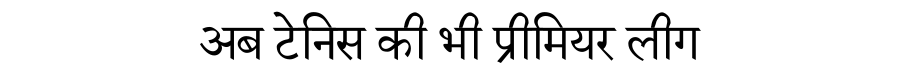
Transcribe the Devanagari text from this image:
अब टेनिस की भी प्रीमियर लीग